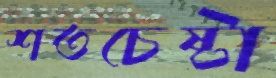
শতচেষ্টা